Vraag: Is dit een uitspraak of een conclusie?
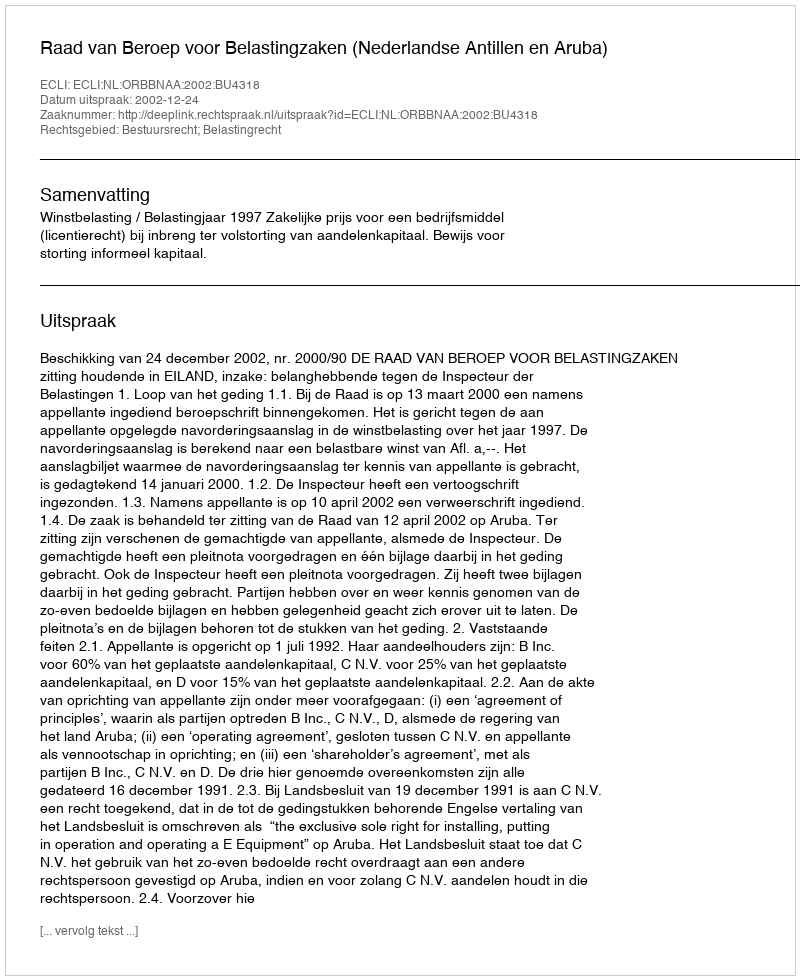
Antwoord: Uitspraak